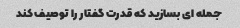
جمله ای بسازید که قدرت گفتار را توصیف کند